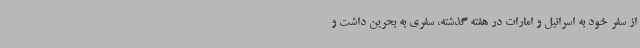
از سفر خود به اسرائیل و امارات در هفته گذشته، سفری به بحرین داشت و